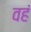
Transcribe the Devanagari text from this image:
वहं